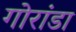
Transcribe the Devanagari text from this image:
गोरांडा